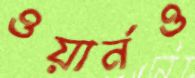
ওয়ার্নও